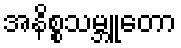
အနိစ္စသမ္ဘူတော